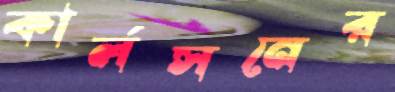
কার্লসনের